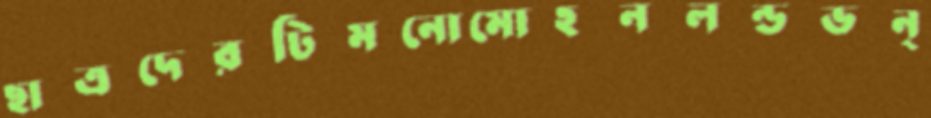
ছাত্রদেরটিমনোমোহনলন্ডভন্